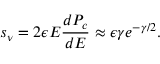
s _ { \nu } = 2 \epsilon E \frac { d P _ { c } } { d E } \approx \epsilon \gamma e ^ { - \gamma / 2 } .